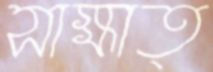
সাক্ষাত্